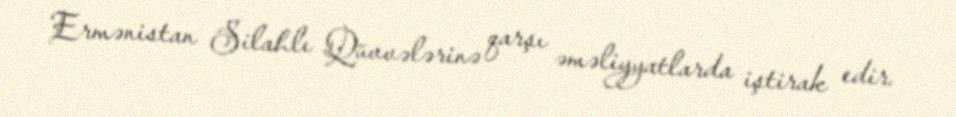
Ermənistan Silahlı Qüvvələrinə qarşı əməliyyatlarda iştirak edir.